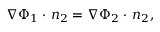
\nabla \Phi _ { 1 } \cdot \, \boldsymbol { n } _ { 2 } = \nabla \Phi _ { 2 } \cdot \, \boldsymbol { n } _ { 2 } ,